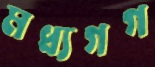
মধ্যগগ